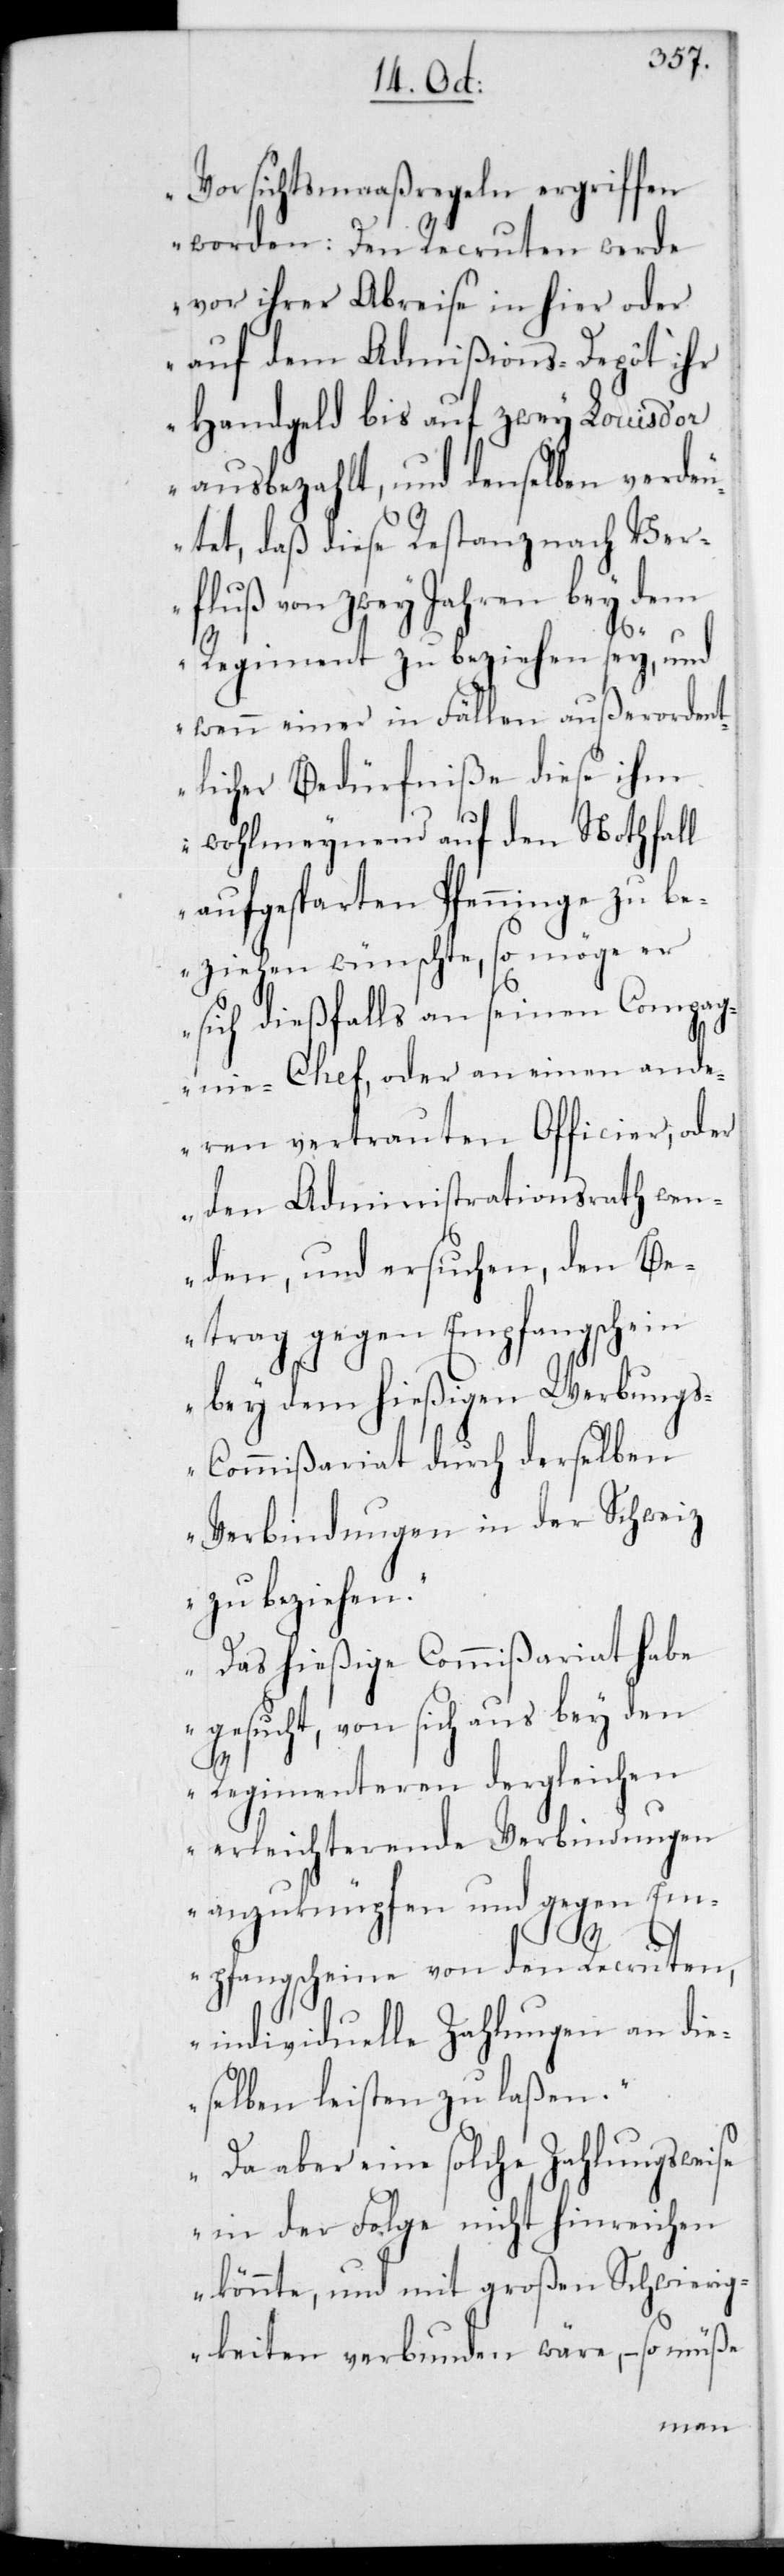
Vorsichtsmaaßregeln ergriffen
worden: Den Recruten werde
vor ihrer Abreise in hier oder
auf dem Admißions-Dépôt ihr
Handgeld bis auf zwey Louis d’or
ausbezahlt, und denselben verdeu¬
tet, daß diese Restanz nach Ver¬
fluß von zwey Jahren bey dem
Regiment zu beziehen sey, und
wenn einer in Fällen außerorden¬
tlicher Bedürfniße diese ihm
wohlmeynend auf den Nothfall
aufgesparten Pfenninge zu be¬
ziehen wünschte, so möge er
sich dießfalls an seinen Compag¬
nie-Chef, oder an einen ande¬
ren vertrauten Officier, oder
den Administrationsrath wen¬
den, und ersuchen, den Be¬
trag gegen Empfangsschein
bey dem hießigen Werbungs-C¬
ommißariat durch derselben
Verbindungen in der Schweiz
zu beziehen.
Das hießige Commißariat habe
gesucht, von sich aus bey den
Regimenteren dergleichen
erleichterende Verbindungen
anzuknüpfen und gegen Em¬
pfangscheine von den Recruten,
individuelle Zahlungen an die¬
selben leisten zu laßen.
Da aber eine solche Zahlungsweise
in der Folge nicht hinreichen
könnte, und mit großen Schwierig¬
keiten verbunden wäre, – so müße